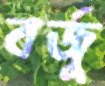
বর্জু